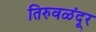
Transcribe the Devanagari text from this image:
तिरुवळंदूर